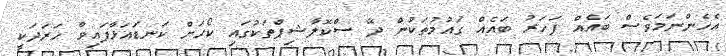
އެހެންނަމަވެސް ބައެއް ފަހަރު ބައެއް ގައުމުތަކުން ދޭ ސްކޮލާޝިޕްތަކުގައި ކޯހަށް ކަނޑައަޅާފައިވާ ހަރަދަކީ